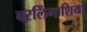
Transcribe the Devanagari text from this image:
बरलिंगाशियो